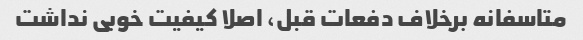
متاسفانه برخلاف دفعات قبل، اصلا کیفیت خوبی نداشت